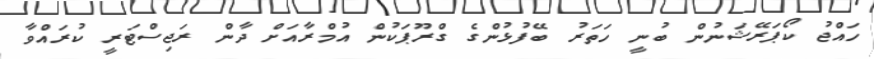
ހައްޖު ކޯޕަރޭޝަނުން ބުނީ ހަތަރު ބޭފުޅުންގެ ގްރޫޕަކުން އުމްރާއަށް ދާން ރަޖިސްޓަރީ ކުރައްވާ